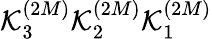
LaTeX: \mathcal{K}_{3}^{(2M)}\mathcal{K}_{2}^{(2M)}\mathcal{K}_{1}^{(2M)}